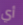
أي